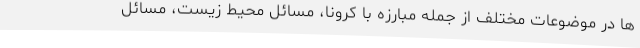
ها در موضوعات مختلف از جمله مبارزه با کرونا، مسائل محیط زیست، مسائل